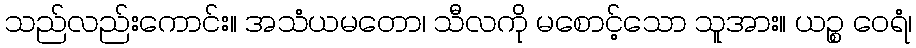
သည်လည်းကောင်း။ အသံယမတော၊ သီလကို မစောင့်သော သူအား။ ယဉ္စ ဝေရံ၊